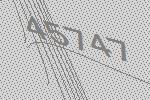
45747